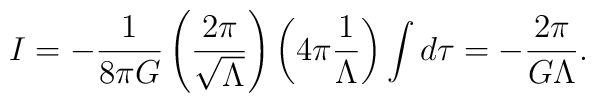
I=-\frac{1}{8\pi G}\left( \frac{2\pi }{\sqrt{\Lambda }}\right) \left( 4\pi \frac{1}{\Lambda }\right) \int d\tau =-\frac{2\pi }{G\Lambda }.